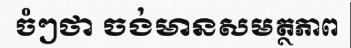
ចំៗថា ចង់មានសមត្ថភាព